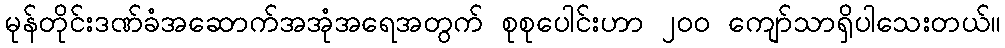
မုန်တိုင်းဒဏ်ခံအဆောက်အအုံအရေအတွက် စုစုပေါင်းဟာ ၂၀၀ ကျော်သာရှိပါသေးတယ်။